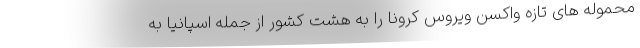
محموله های تازه واکسن ویروس کرونا را به هشت کشور از جمله اسپانیا به